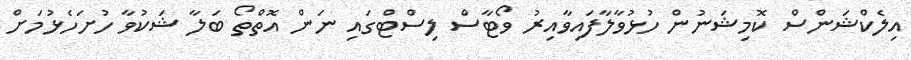
އިލެކްޝަންސް ކޮމިޝަނުން ހުޅުވާލާފައިވާއިރު ވޯޓާސް ލިސްޓްގައި ނަން އޮތްތޯ ބަލާ ޝަކުވާ ހުށަހެޅުމަށް